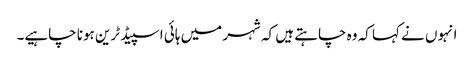
انہوں نے کہا کہ وہ چاہتے ہیں کہ شہر میں ہائی اسپیڈ ٹرین ہونا چاہیے۔